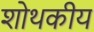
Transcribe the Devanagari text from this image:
शोथकीय